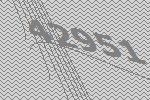
42951